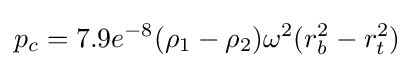
p_{c}=7.9e^{-8}(\rho _{1}-\rho _{2})\omega ^{2}(r_{b}^{2}-r_{t}^{2})